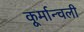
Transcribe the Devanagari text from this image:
कूर्मान्चली